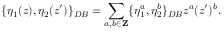
\{ \eta _ { 1 } ( z ) , \eta _ { 2 } ( z ^ { \prime } ) \} _ { D B } = \sum _ { a , b \in { \bf Z } } \{ \eta _ { 1 } ^ { a } , \eta _ { 2 } ^ { b } \} _ { D B } z ^ { a } ( z ^ { \prime } ) ^ { b } .